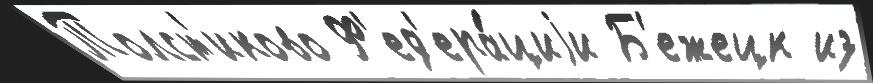
Толст'иково Ф'ед'ера́циjи Б'ежецк из